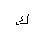
Letter: _kaf